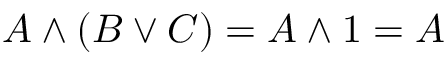
A \land ( B \lor C ) = A \land 1 = A